Vital statistics of India. Vol. IV, Annual returns from 1871 to 1876. British Army of India, Native Army and jails of Bengal
Year: 1871
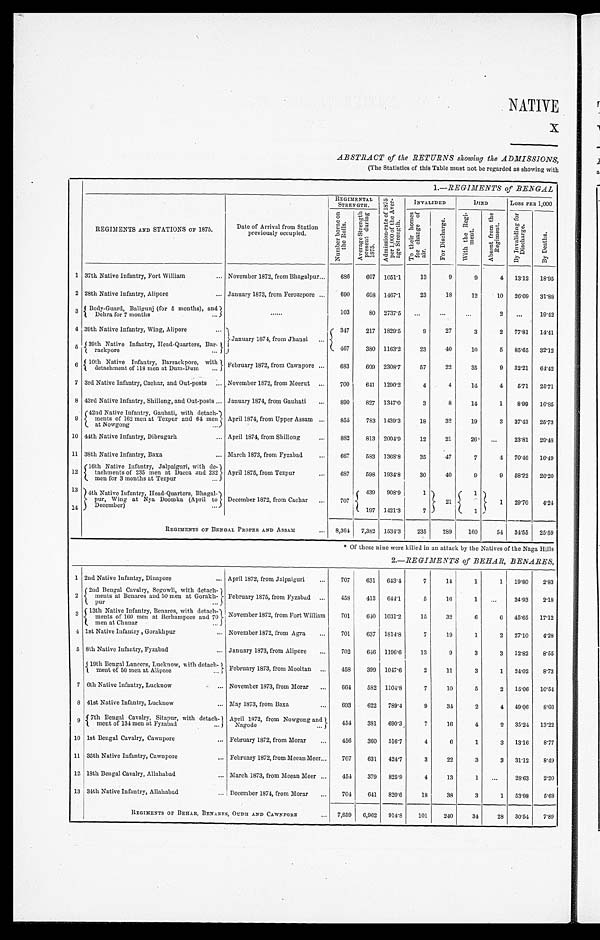
NATIVE
x
ABSTRACT of the RETURNS showing the ADMISSIONS,
(The Statistics of this Table must not be regarded as showing with
1 .—REGIMENTS of BENGAL
REGIMENTS AND STATIONS OF 1875.
Date of Arrival from Station
previously occupied .
REGIMENTAL
STRENGTH.
A d m i s s i o n - r a t e o f 1 8 7 5 p e r 1 , 0 0 0 o f t h e A v e r a g e S t r e n g t h .
INVALIDED
DIED
Loss PER 1,000
N u m b e r b o r n e o n t h e R o l l s .
A v e r a g e S t r e n g t h p r e s e n t d u r i n g 1 8 7 5 .
T o t h e i r h o m e s f o r c h a n g e o f a i r .
F o r D i s c h a r g e .
W i t h t h e R e g i m e n t .
A b s e n t f r o m t h e R e g i m e n t .
B y I n v a l i d i n g f o r D i s c h a r g e .
B y D e a t h s .
1 37th Native Infantry, Fort William
... November 1872, from Bhagalpur...
686
607 1051.1
13
9
9
4 13.12 18.95
2 28th Native Infantry, Alipore
... January 1873, from Ferozepore ...
690
608 1467.1
23
18
12
10 26.09 31.88
3
Body-Guard, Baligunj (for 5 months), and
. . . . . .
103
80 2737.5
...
. . .
...
2
. . . 19.42
D e h r a f o r 7 m o n t h s
. . .
4 39th Native Infantry, Wing, Alipore
...
January 1874, from Jhansi ...
347
217 1829.5
9
27
3
2 77.81 14.41
5 39th Native Infantry, Head-Quarters, Bar-
467
380 1163.2
23
40
10
5 85.65 32.12
r a c k p o r e
. . .
6 10th Native Infantry, Barrackpore, with February 1872, from Cawnpore ...
683
609 2308.7
57
22
35
9 32.21 64.42
detachment of 118 men at Dum-Dum
...
7 3rd Native Infantry, Cachar, and Out-posts ... November 1872, from Meerut ...
700
641 1290.2
4
4
14
4
5.71 25.71
8 43rd Native Infantry, Shillong, and Out-posts ... January 1874, from Gauhati
...
890
827 1317'0
3
8
14
1
8.99 16.85
9 42nd Native Infantry, Gauhati, with detach m e n t s o f 1 6 2 m e n a t T e z p u r a n d 6 4 m e n April 1874, from Upper Assam ...
855
783 1439.3
18
32
19
3 37.43 25.73
at Nowgong
10 44th Native Infantry, Dibrugarh
... April 1874, from Shillong.
...
882
813 2004.9
12
21
26
...
23.81 29.48
11 38th Native Infantry, Baxa
... March 1873, from Fyzabad
...
667
583 1363.8
35
47
7
4 70.46 16.49
12
16th Native Infantry, Jalpaiguri, with de-
tachmets of 235 men at Dacca and 232 April 1875, from Tezpur
...
687
598 1934.8
30
40
9
9 58.22 26.20
men for 3 months at Tezpur
. . .
1
14
4th Native Infantry, Head -Quarters, Bhagat-
pur, Wing at Nya Doomka (April to December 1872, from Cachar ...
707
439 908.9
1
21
1
1 29.70
4.24
197 1421.3
7
1
December)
. . .
REGIMENTS OF BENGAL PROPER AND ASSAM
... 8,361 7,382 1534.3
235
289
160
54 34.55 25.59
* Of these nine were killed in an attack by the Natives of the Naga Hills
2.—REGIMENTS of BEHAR, BENARES,
1 2nd Native Infantry, Dinapore
... April 1872, from Jalpaiguri
...
707
631 643.4
7
14
1
1 19.80
2'83
2 2nd Bengal Cavalry, Segowli, with detach-
ments at Benares and 50 men at Gorakh-
{
February 1875, from Fyzabad
. . . 458
413 644.1
5
16
1
...
34.93
2.18
pur
. . .
3 -
13th Native Infantry, Benares, with detach-)
of
meats m
16detachments of 160 men at Berhampore and 70 November 1872, from Fort William . . . 701
640 1031'2
15
32
6
6 45.65 17'12
men at Chunar
4 1st Native Infantry , Gorakhpur
... November 1872, from Agra
...
701
637 1814.8
7
19
1
2 27.10
4.28
5 8th Native Infantry, Fyzabad
... January 1873, from Alipore
702
646 1196.6
13
9
3
3 12'82
8'55
{ 1 9 t h B e n g a l L a n c e r s , L u c k n o w , w i t h d e t a c h m e n t o f 5 0 m e n a t A l i p o r e . . .
February 1873, from Mooltan ...
458
399 1047.6
2
11
3
1 24.02
8'73
of
7 6th Native Infantry, Lucknow
... November 1873, from Morar ...
664
582 1104.8
7
10
5
2 15.06 10'51
8 41st Native Infantry, Lucknow
... May 1873, from Baxa
...
693
622 789.4
9
34
2
4 49.06
8.66
9
7 t h B e n g a l C a v a l r y , S i t a p u r , w i t h d e t a c h m e n t o f 1 3 4 m e n a t F y z a b a d
April 1872, from Nowgong and
454
381 690'3
7
16
4
2 35.24 13'22
. . .
Nagode
. . .
10 1st Bengal Cavalry, Cawnpore
... February 1872, from Morar
...
456
360 516.7
4
6
1
3 13.16
8'77
11 35th Native Infantry, Cawnpore
... February 1872, from Meean Meer...
707
631 424.7
3
22
3
3 31.12
8'49
12 18th Bengal Cavalry, Allahabad
... March 1873, from Meean Meer ...
454
379 825.9
4
13
1
...
28.63
2'20
13 34th Native Infantry, Allahabad
... December 1874, from Morar
704
641 820.6
18
38
3
1 53.98
5'68
REGIMENTS OF BEHAR, BENARES, OUDH AND CAWNPORE
... 7,859 6,962 914.8
101
240
34
28 30.54 7'89